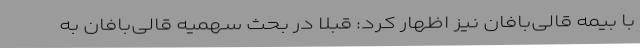
با بیمه قالی‌بافان نیز اظهار کرد: قبلا در بحث سهمیه قالی‌بافان به